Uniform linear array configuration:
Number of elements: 64
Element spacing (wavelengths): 0.75
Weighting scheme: binomial
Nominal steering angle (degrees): -30
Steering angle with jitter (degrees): -28.294
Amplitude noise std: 0.05
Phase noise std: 0.05

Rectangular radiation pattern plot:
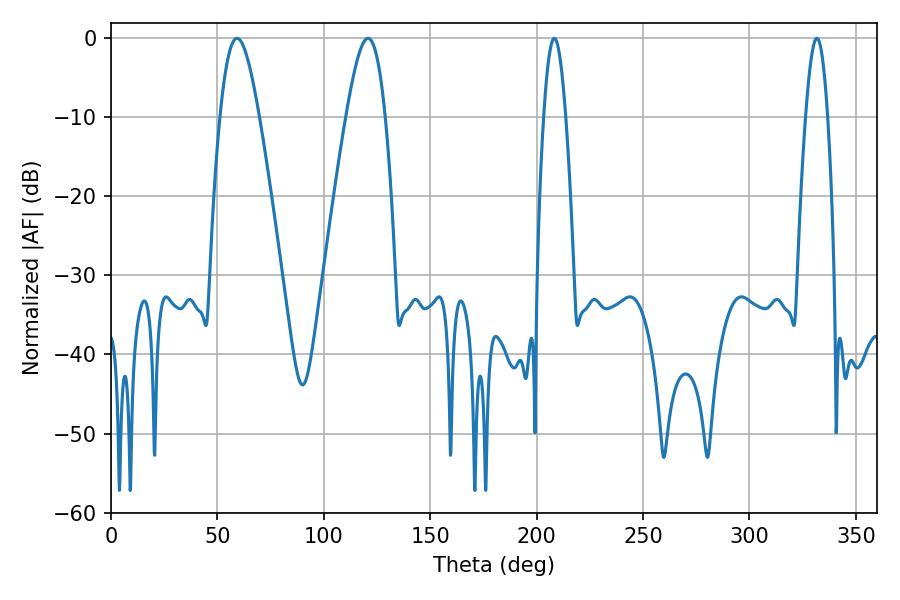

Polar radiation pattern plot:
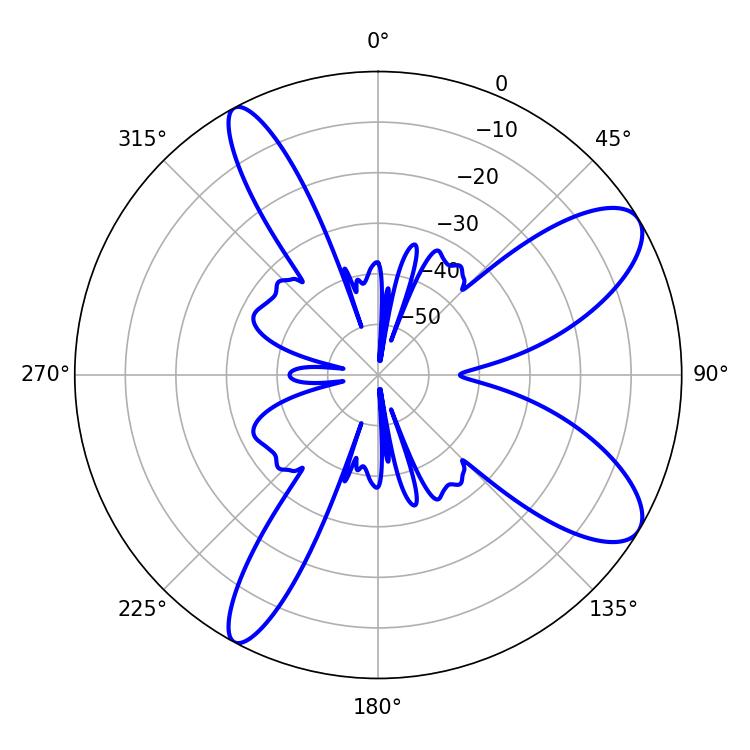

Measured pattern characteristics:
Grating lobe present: TRUE
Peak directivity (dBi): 9.524
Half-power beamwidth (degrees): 9.72
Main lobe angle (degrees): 59.22